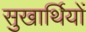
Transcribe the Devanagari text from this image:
सुखार्थियों